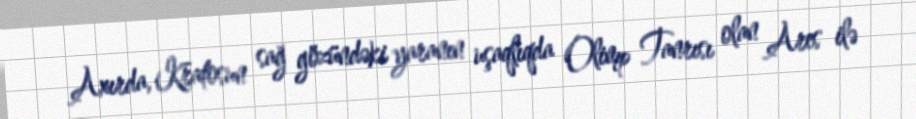
Axırda, Kratosun sağ gözündəki yaranın uşaqlıqda Olimp Tanrısı olan Ares ilə